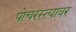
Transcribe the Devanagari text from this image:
पोचरस्त्यावर